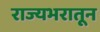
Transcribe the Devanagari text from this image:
राज्यभरातून